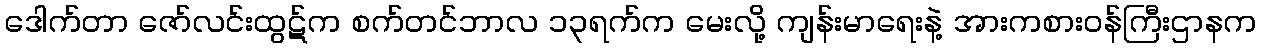
ဒေါက်တာ ဇော်လင်းထွဋ်က စက်တင်ဘာလ ၁၃ရက်က မေးလို့ ကျန်းမာရေးနဲ့ အားကစားဝန်ကြီးဌာနက